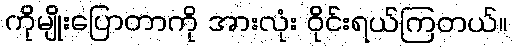
ကိုမျိုးပြောတာကို အားလုံး ဝိုင်းရယ်ကြတယ်။